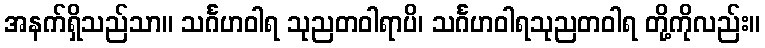
အနက်ရှိသည်သာ။ သင်္ဂဟဝါရ သုညတဝါရာပိ၊ သင်္ဂဟဝါရသုညတဝါရ တို့ကိုလည်း။